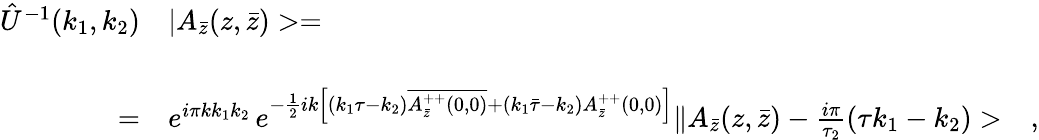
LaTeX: \begin{array}{rl}{{\hat{U}^{-1}(k_{1},k_{2})}}&{{|A_{\bar{z}}(z,\bar{z})>=}}\\ {{}}&{{}}\\ {{=}}&{{e^{i\pi kk_{1}k_{2}}\, e^{-\frac{1}{2}ik\left[(k_{1}\tau-k_{2})\overline{{{A_{\bar{z}}^{++}(0,0)}}}+(k_{1}\bar{\tau}-k_{2})A_{\bar{z}}^{++}(0,0)\right]}\| A_{\bar{z}}(z,\bar{z})-\frac{i\pi}{\tau_{2}}(\tau k_{1}-k_{2})>\ \ \ ,}}\end{array}